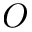
O